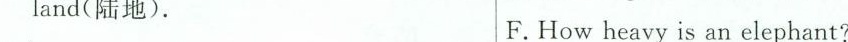
land(陆地). F.How heavy is an elephant?